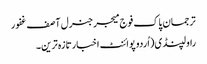
ترجمان پاک فوج میجرجنرل آصف غفور
راولپنڈی(اُردوپوائنٹ اخبارتازہ ترین۔